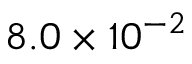
8 . 0 \times 1 0 ^ { - 2 }